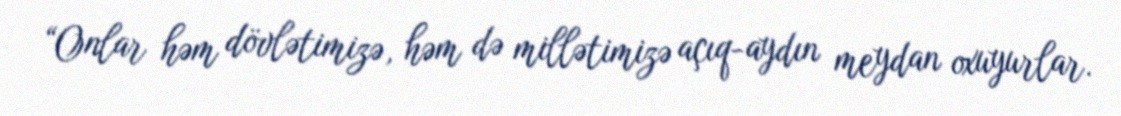
“Onlar həm dövlətimizə, həm də millətimizə açıq-aydın meydan oxuyurlar.